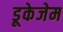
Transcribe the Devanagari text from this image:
डूकेजेम